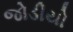
જોડીયો